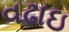
વઢાઇ